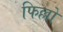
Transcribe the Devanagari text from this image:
फिल्लो